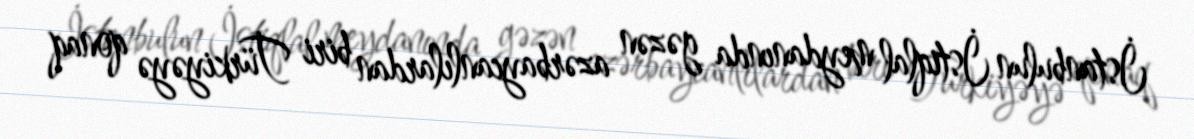
İstanbulun İstiqlal meydanında gəzən azərbaycanlılardan biri Türkiyəyə qonaq